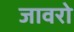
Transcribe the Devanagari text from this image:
जावरो